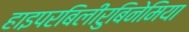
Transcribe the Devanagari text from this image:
हाइपरबिलीरुबिनेमिया